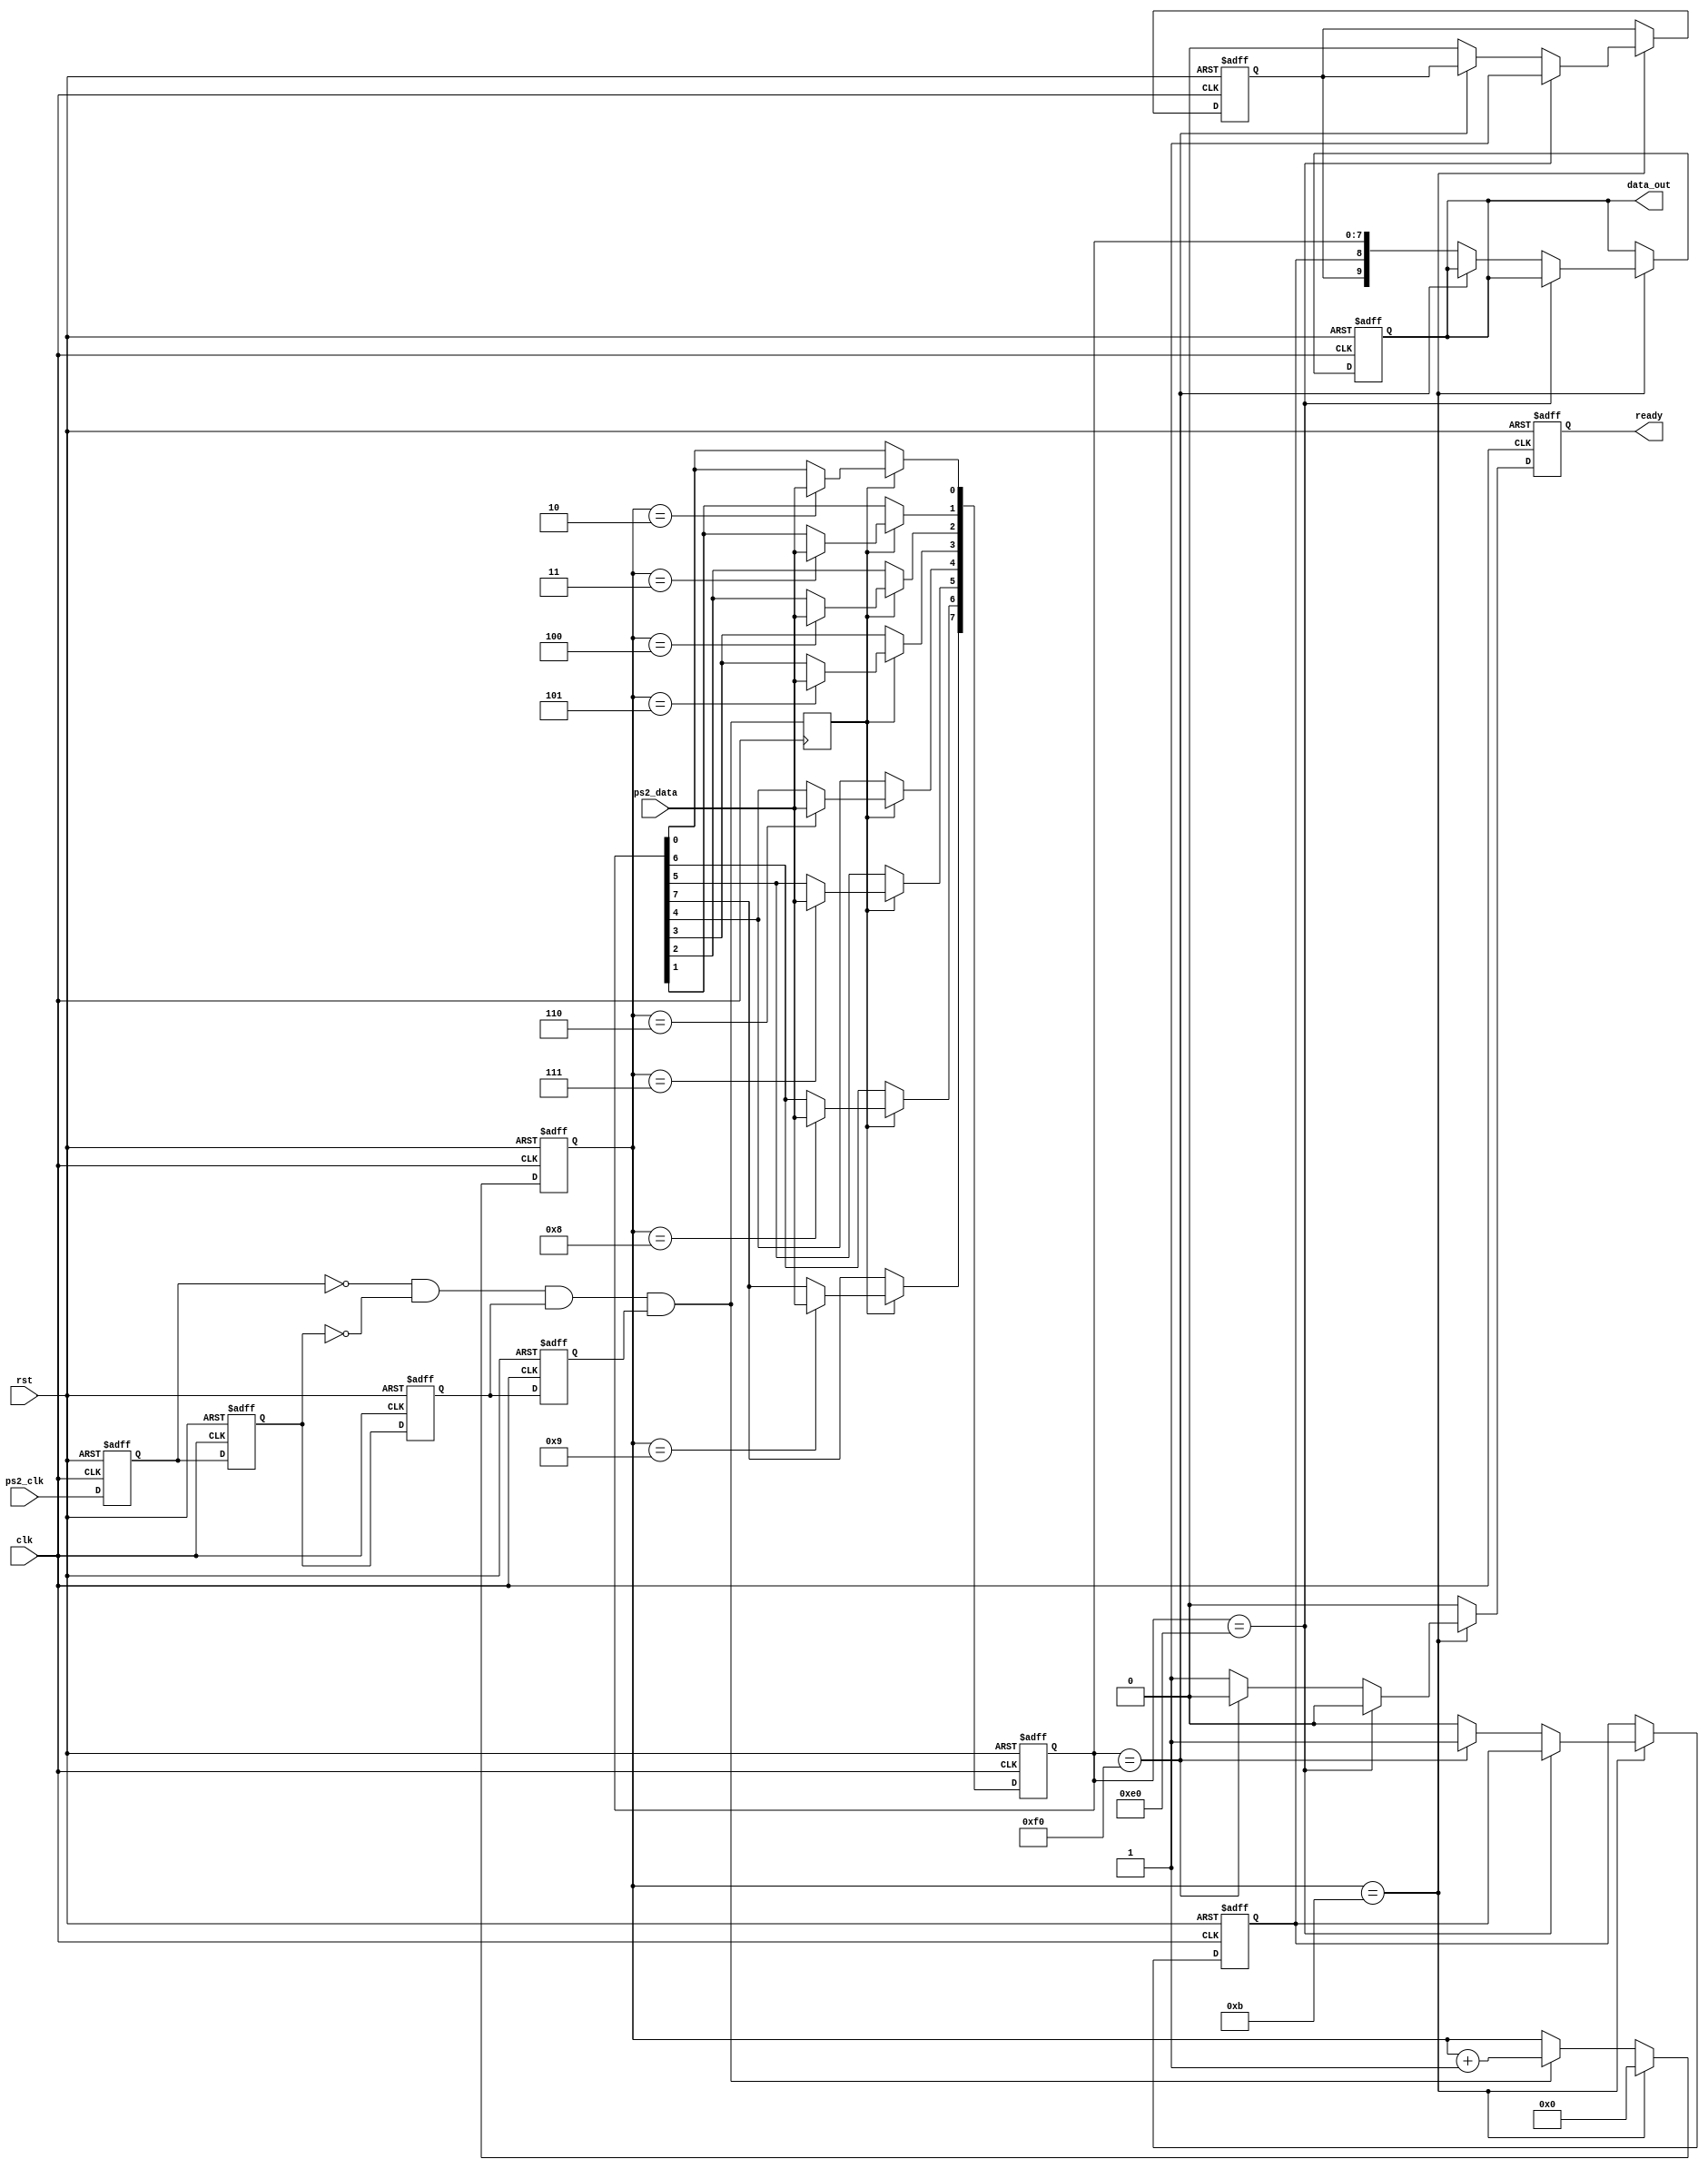
module PS2_Keyboard(
	input clk,
	input rst,
	input ps2_clk,
	input ps2_data,
	
	output [9:0] data_out,
	output ready
    );

reg ps2_clk_sign0, ps2_clk_sign1, ps2_clk_sign2, ps2_clk_sign3;
wire negedge_ps2_clk;

//The 0011 pattern appears which indicates there is a negedge
//Use a quick clock to resample a slower clock. The pattern 0011 appears for a very short time.
assign negedge_ps2_clk = !ps2_clk_sign0 & !ps2_clk_sign1 & ps2_clk_sign2 & ps2_clk_sign3;
assign data_out = data;
assign ready = key_done;

always @ (posedge clk or posedge rst) begin		//asynchronous reset
	if (rst) begin
		ps2_clk_sign0 <= 1'b0;
		ps2_clk_sign1 <= 1'b0;
		ps2_clk_sign2 <= 1'b0;
		ps2_clk_sign3 <= 1'b0;
	end
	else begin
		ps2_clk_sign0 <= ps2_clk;				//# 1 cycle of clk
		ps2_clk_sign1 <= ps2_clk_sign0;			//# 2 cycle of clk
		ps2_clk_sign2 <= ps2_clk_sign1;			//# 3 cycle of clk
		ps2_clk_sign3 <= ps2_clk_sign2;			//# 4 cycle of clk
	end
end


												//count how many negedges appeared
reg [3:0] cnt;
always @ (posedge clk or posedge rst) begin
	if (rst) begin
		cnt <= 4'd0;
	end
	else if (cnt == 4'd11) begin
		cnt <= 4'd0;
	end
	else if (negedge_ps2_clk) begin
		cnt <= cnt + 1'b1;						//index of low-voltage-level, start from 1
	end
end

reg negedge_ps2_clk_shift;

always @ (posedge clk) begin					//delay for a resolution cycle
	negedge_ps2_clk_shift <= negedge_ps2_clk;
end

reg [7:0] data_in;
always @ (posedge clk or posedge rst) begin
	if (rst) begin
		data_in <= 8'd0;
	end
	else if (negedge_ps2_clk_shift) begin		//why use _shift? to ensure that the low-voltage-level index has been updated
		case (cnt)								//non-data bits are discarded
			4'd2: data_in[0] <= ps2_data;
			4'd3: data_in[1] <= ps2_data;
			4'd4: data_in[2] <= ps2_data;
			4'd5: data_in[3] <= ps2_data;
			4'd6: data_in[4] <= ps2_data;
			4'd7: data_in[5] <= ps2_data;
			4'd8: data_in[6] <= ps2_data;
			4'd9: data_in[7] <= ps2_data;
			default: data_in <= data_in; 
		endcase
	end
	else begin
		data_in <= data_in;
	end
end

reg key_break, key_done, key_expand;
reg [9:0] data;
always @ (posedge clk or posedge rst) begin
	if (rst) begin
		key_break <= 1'b0;
		data <= 1'b0;
		key_done <= 1'b0;
		key_expand <= 1'b0;
	end
	else if (cnt == 4'd11) begin
		if (data_in == 8'hE0) begin						//this byte indicates the key is a expand one
			key_expand <= 1'b1;
			key_done <= 1'b0;
		end
		else if (data_in == 8'hF0) begin				//this byte indicates the break key
			key_break <= 1'b1;
			key_done <= 1'b0;
		end
		else begin
			data <= {key_expand, key_break, data_in};	//data byte
			key_done <= 1'b1;
			key_expand <= 1'b0;
			key_break <= 1'b0;
		end
	end else begin //cnt != 11
		data <= data;
		key_done <= 1'b0;
		key_expand <= key_expand;
		key_break <= key_break;
	end
end

endmodule